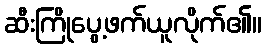
ဆီးကြိုပွေ့ဖက်ယူလိုက်၏။